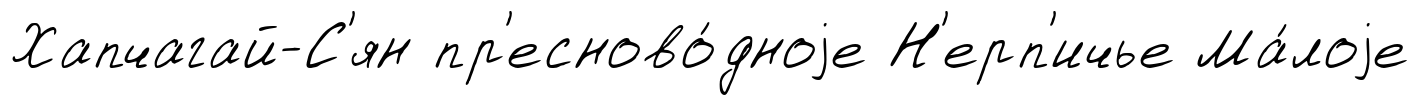
Хапчагай-С'ян пр'есново́дноjе Н'ерп'ичье Ма́лоjе